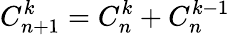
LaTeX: C_{n+1}^{k}=C_{n}^{k}+C_{n}^{k-1}